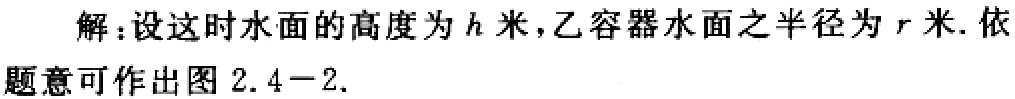
解：设这时水面的高度为\(h\)米，乙容器水面之半径为\(r\)米. 依题意可作出图 \(2.4 - 2\).